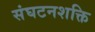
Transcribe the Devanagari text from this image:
संघटनशक्ति